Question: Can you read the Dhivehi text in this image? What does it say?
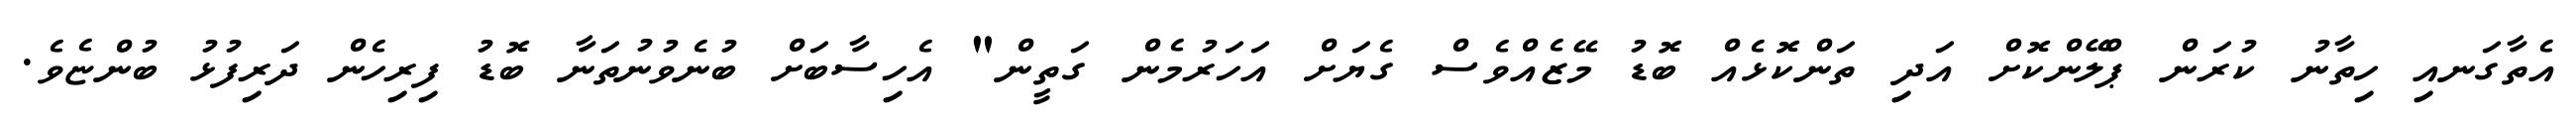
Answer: އެތާގަނއި ހިތާނު ކުރަން ޕްލޭންކޮށް އަދި ތަންކޮޅެއް ބޮޑު މޭޒެއްވެސް ގެޔަށް އަހަރުމެން ގަތީން" އެހިސާބަށް ބުނެވުނުތަނާ ބޮޑު ފިރިހެން ދަރިފުޅު ބުންޏެވެ.